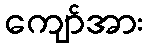
ကျော်အား